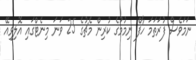
ނަމަވެސް ފުރަތަމަ ހާފް ނިމުމުގެ ކުރިން މެޗުގެ 25 ވަނަ މިނެޓްގައި އޮލިވިއޭ